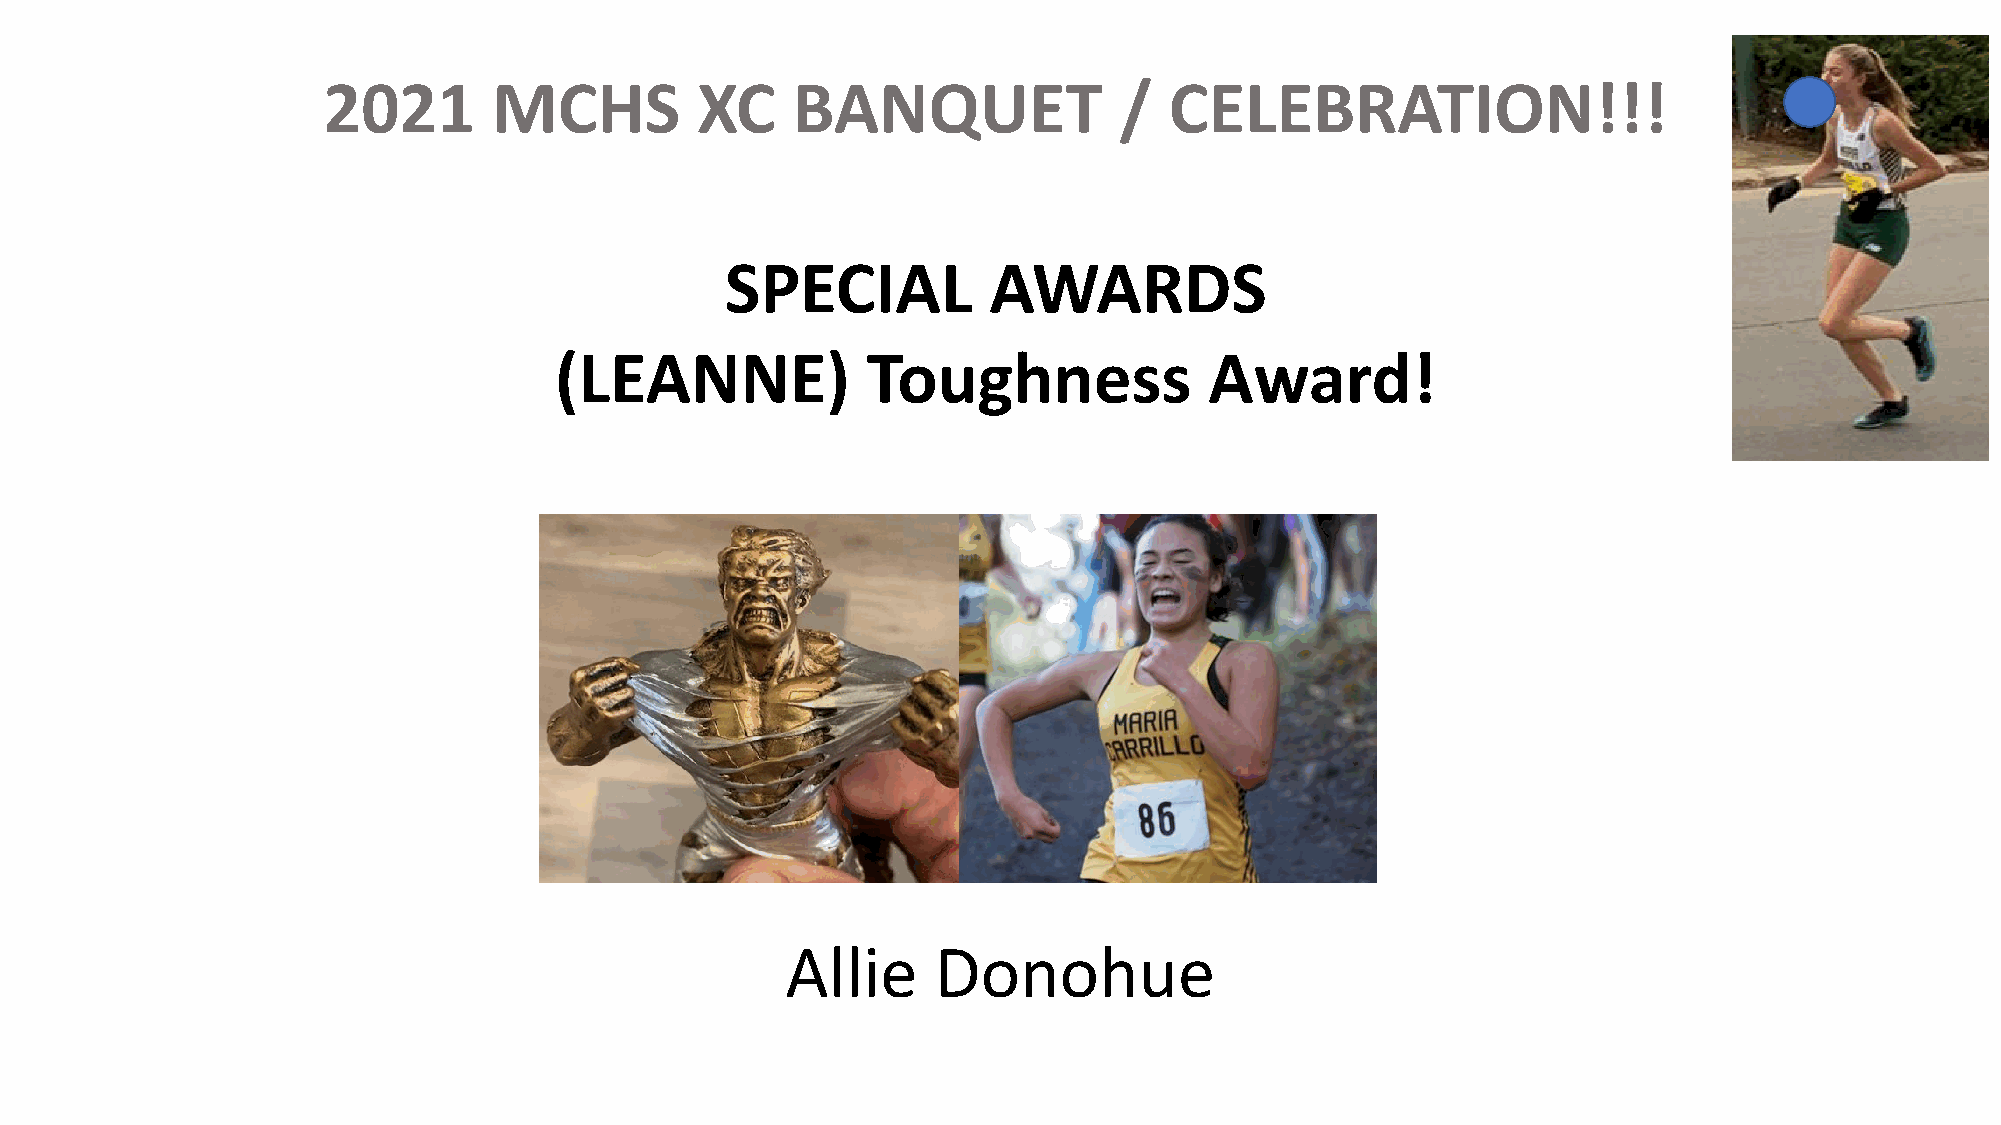
2021        MCHS         XC    BANQUET               /  CELEBRATION!!!
 SPECIAL          AWARDS
 (LEANNE)            Toughness              Award!
 Allie     Donohue